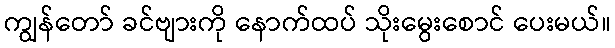
ကျွန်တော် ခင်ဗျားကို နောက်ထပ် သိုးမွေးစောင် ပေးမယ်။